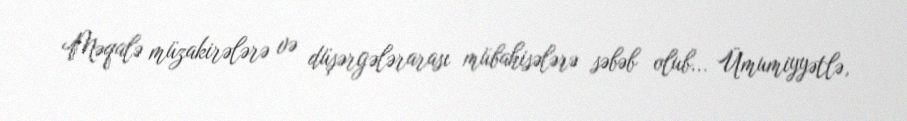
Məqalə müzakirələrə və düşərgələrarası mübahisələrə səbəb olub... Ümumiyyətlə,